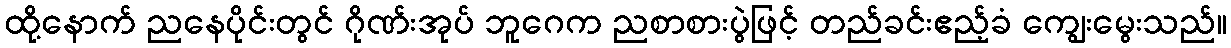
ထို့နောက် ညနေပိုင်းတွင် ဂိုဏ်းအုပ် ဘူဂေက ညစာစားပွဲဖြင့် တည်ခင်းဧည့်ခံ ကျွေးမွေးသည်။